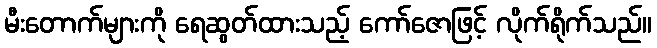
မီးတောက်များကို ရေဆွတ်ထားသည့် ကော်ဇောဖြင့် လိုက်ရိုက်သည်။